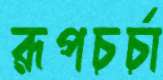
রূপচর্চা